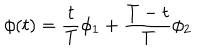
\phi ( t ) = \frac { t } { T } \phi _ { 1 } + \frac { T - t } { T } \phi _ { 2 }